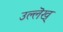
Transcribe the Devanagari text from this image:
उल्लॆख्